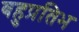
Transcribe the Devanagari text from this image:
बहुप्रतिभ